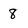
Character: 8